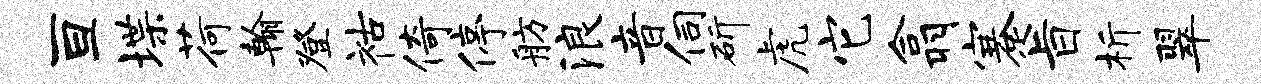
亘堞荷翰登祜倚停舫浪音伺斫虎它翕蹇旨析翠